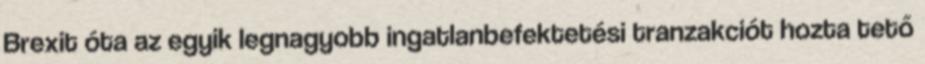
Brexit óta az egyik legnagyobb ingatlanbefektetési tranzakciót hozta tető